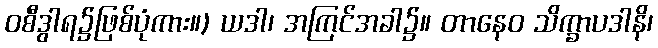
ဝစီဒွါရ၌ဖြစ်ပုံကား။) ယဒါ၊ အကြင်အခါ၌။ တာနေဝ သိက္ခာပဒါနိ၊